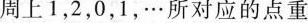
周上1，2，0，1，…所对应的点重